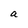
Character: a